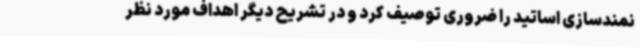
نمندسازی اساتید را ضروری توصیف کرد و در تشریح دیگر اهداف مورد نظر